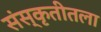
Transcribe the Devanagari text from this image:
संस्कृतीतला